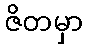
ဇိတမှာ